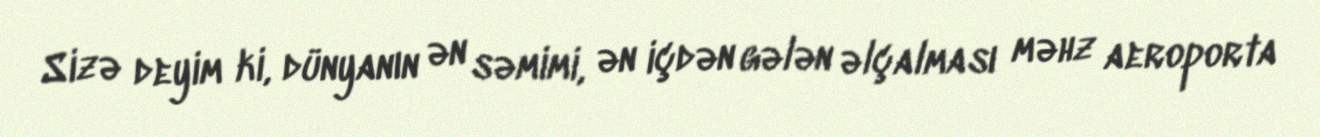
Sizə deyim ki, dünyanın ən səmimi, ən içdən gələn əlçalması məhz aeroporta